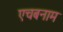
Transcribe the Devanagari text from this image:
एचबनाम